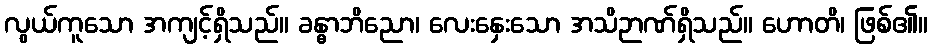
လွယ်ကူသော အကျင့်ရှိသည်။ ခန္ဓာဘိညော၊ လေးနှေးသော အသိဉာဏ်ရှိသည်။ ဟောတိ၊ ဖြစ်၏။